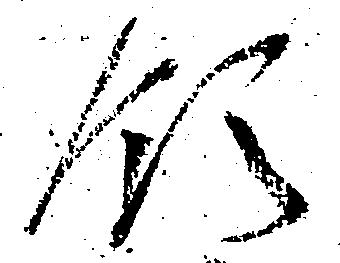
領